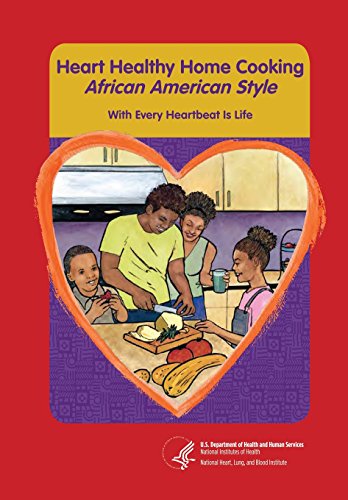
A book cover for Heart Healthy Home Cooking African American Style: With Every Heartbeat Is Life; National Heart Lung and Blood Institute; Cookbooks, Food & Wine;